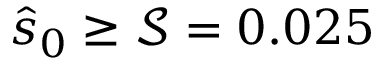
\hat { s } _ { 0 } \ge \mathcal { S } = 0 . 0 2 5